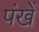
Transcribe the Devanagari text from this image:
पंखें